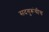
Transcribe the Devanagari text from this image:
सदगुरूंचीच